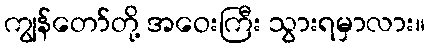
ကျွန်တော်တို့ အဝေးကြီး သွားရမှာလား။